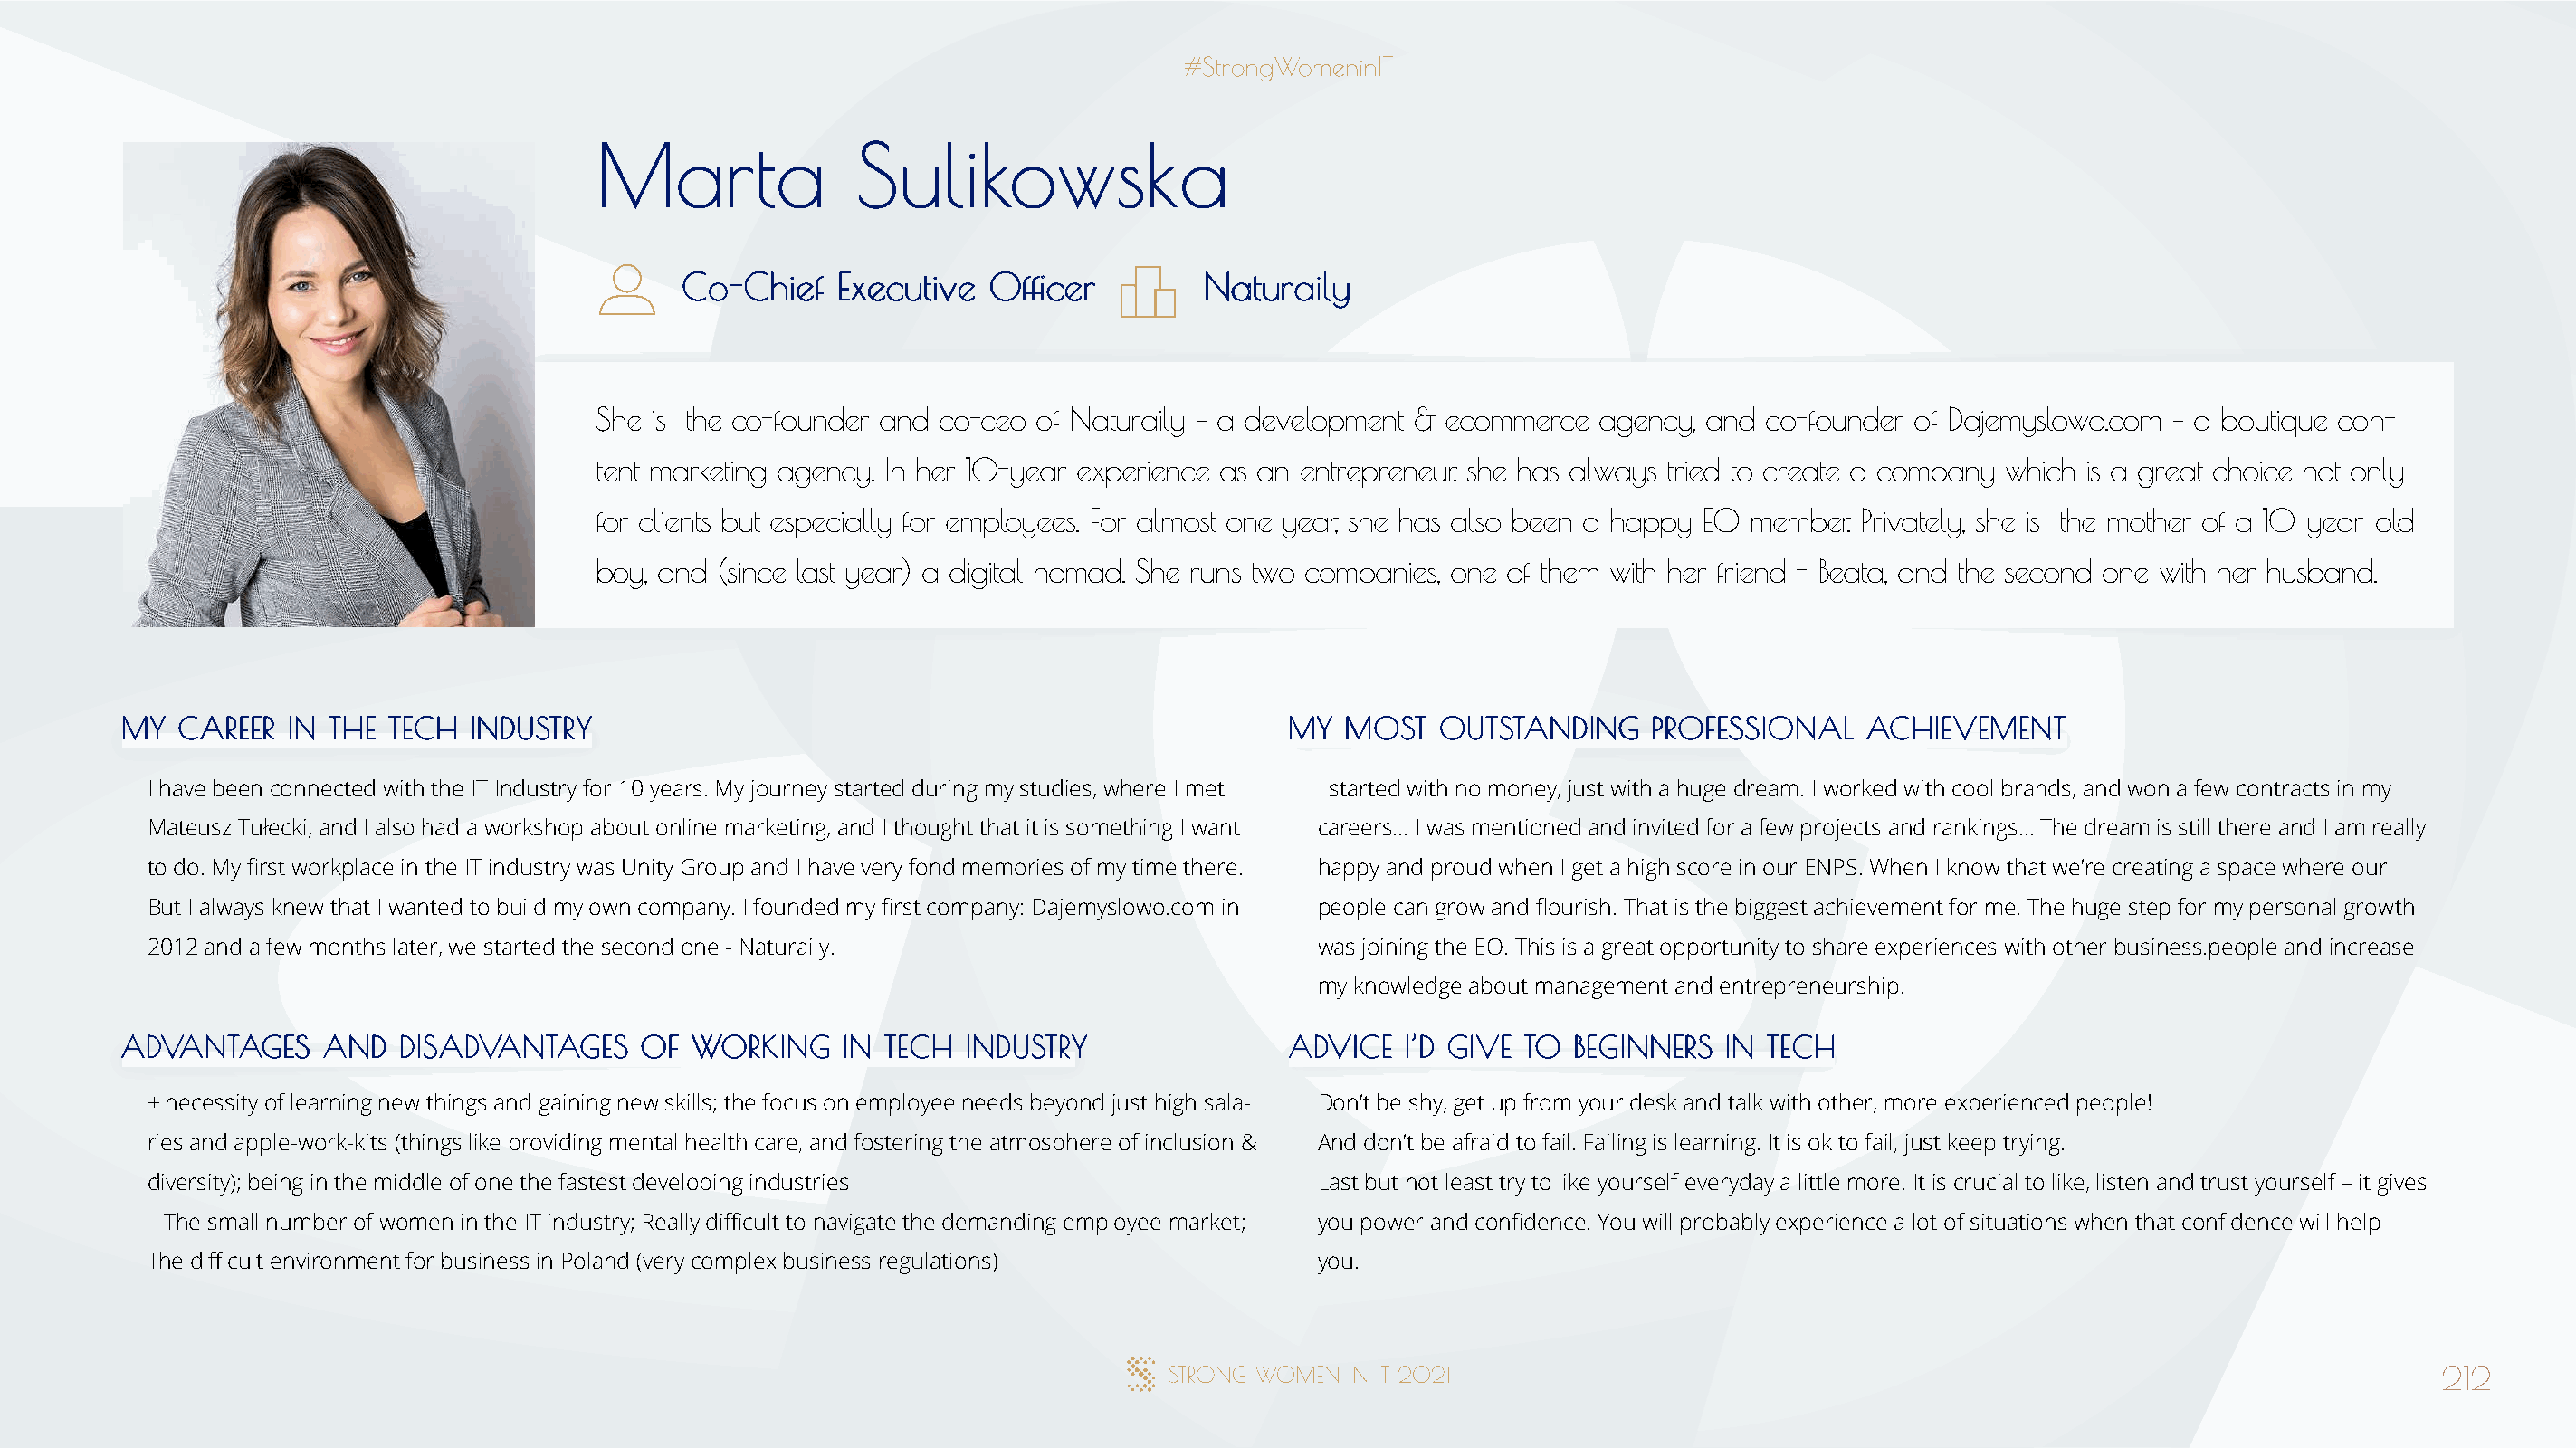
MMaarrttaa         SSuulliikkoowwsskkaa
 CCoo--CChhiieeff EExxeeccuuttiivvee OOffifficceerr NNaattuurraaiillyy
 She is the co-founder and co-ceo of Naturaily – a development & ecommerce agency, and co-founder of Dajemyslowo.com – a boutique con-
 tent marketing agency. In her 10-year experience as an entrepreneur, she has always tried to create a company which is a great choice not only
 for clients but especially for employees. For almost one year, she has also been a happy EO member. Privately, she is the mother of a 10-year-old
 boy, and (since last year) a digital nomad. She runs two companies, one of them with her friend - Beata, and the second one with her husband.
 MMYY CCAARREEEERR IINN TTHHEE TTEECCHH IINNDDUUSSTTRRYY                              MMYY MMOOSSTT OOUUTTSSTTAANNDDIINNGG PPRROOFFEESSSSIIOONNAALL AACCHHIIEEVVEEMMEENNTT
 I have been connected with the IT Industry for 10 years. My journey started during my studies, where I met I started with no money, just with a huge dream. I worked with cool brands, and won a few contracts in my
 Mateusz Tułecki, and I also had a workshop about online marketing, and I thought that it is something I want careers… I was mentioned and invited for a few projects and rankings... The dream is still there and I am really
 to do. My first workplace in the IT industry was Unity Group and I have very fond memories of my time there. happy and proud when I get a high score in our ENPS. When I know that we’re creating a space where our
 But I always knew that I wanted to build my own company. I founded my first company: Dajemyslowo.com in people can grow and flourish. That is the biggest achievement for me. The huge step for my personal growth
 2012 and a few months later, we started the second one - Naturaily.                  was joining the EO. This is a great opportunity to share experiences with other business.people and increase
 my knowledge about management and entrepreneurship.
 AADDVVAANNTTAAGGEESS AANNDD DDIISSAADDVVAANNTTAAGGEESS OOFF WWOORRKKIINNGG IINN TTEECCHH IINNDDUUSSTTRRYY AADDVVIICCEE II’’DD GGIIVVEE TTOO BBEEGGIINNNNEERRSS IINN TTEECCHH
 + necessity of learning new things and gaining new skills; the focus on employee needs beyond just high sala- Don’t be shy, get up from your desk and talk with other, more experienced people!
 ries and apple-work-kits (things like providing mental health care, and fostering the atmosphere of inclusion & And don’t be afraid to fail. Failing is learning. It is ok to fail, just keep trying.
 diversity); being in the middle of one the fastest developing industries             Last but not least try to like yourself everyday a little more. It is crucial to like, listen and trust yourself – it gives
 – The small number of women in the IT industry; Really difficult to navigate the demanding employee market; you power and confidence. You will probably experience a lot of situations when that confidence will help
 The difficult environment for business in Poland (very complex business regulations) you.
 212